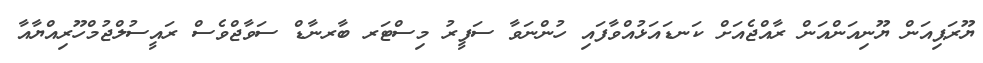
ޔޫރަޕިއަން ޔޫނިއަންއަން ރާއްޖެއަށް ކަނޑައަޅުއްވާފައި ހުންނަވާ ސަފީރު މިސްޓަރ ބާރނާޑް ސަވާޖްވެސް ރައީސުލްޖުމްހޫރިއްޔާއާ